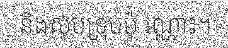
និងស៊ុបទ្រុបប៉ុ ណ្ណោះ។